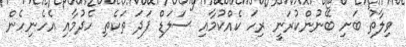
ވިލާތު ބަށި ބޭނުންކުރަނީ ރިހަ ކެއްކުމާއި ސަލަޑް ފަދަ ތަކެތި ހެދުމާއި އެހެނިހެން